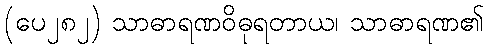
(ပေ၂၈၂) သာဓာရဏဝိဓုရတာယ၊ သာဓာရဏ၏